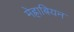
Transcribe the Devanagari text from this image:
मेह्राबियन